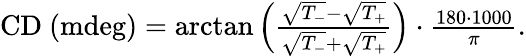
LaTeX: \begin{array}{r}{\mathrm{CD\ (mdeg)}=\arctan\left(\frac{\sqrt{T_{-}}-\sqrt{T_{+}}}{\sqrt{T_{-}}+\sqrt{T_{+}}}\right)\cdot\frac{180\cdot 1000}{\pi}\mathrm{.}}\end{array}